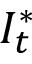
I _ { t } ^ { * }